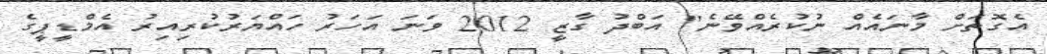
އެގޮތަށް މާނައެއް ނުކުރެއްވޭނެ" އަބްދު ގާޒީ 2012 ވަނަ އަހަރު ހައްޔަރުކުރިއިރު އެމްޑީޕީގެ